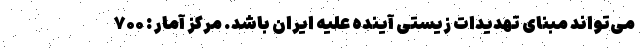
می‌تواند مبنای تهدیدات زیستی آینده علیه ایران باشد. مرکز آمار : ۷۰۰